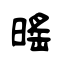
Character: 暚